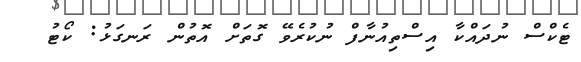
ޓެކްސް ނުދައްކާ އިސްތިއުނާފް ނުކުރެވޭ ގޮތަށް އޮތުން ރަނގަޅު: ކޯޓު